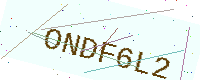
Text: ONDF6L2